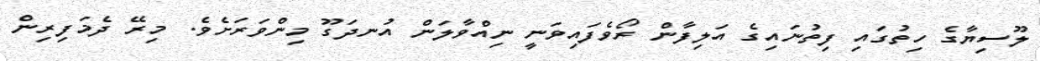
ލޫސިޔާގެ ހިތުގައި ފިތުނައިގެ އަލިފާން ރޯވެފައިވަނީ ނިއްވާލަން އުނދަގޫ މިންވަރަށެވެ. މިރޭ ދެމަފިރިން